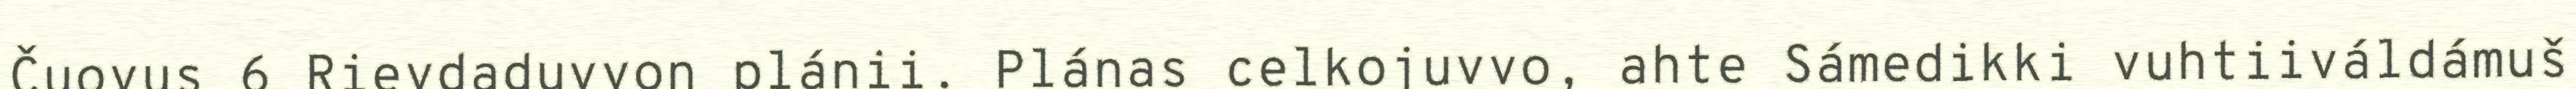
Čuovus 6 Rievdaduvvon plánii. Plánas celkojuvvo, ahte Sámedikki vuhtiiváldámuš